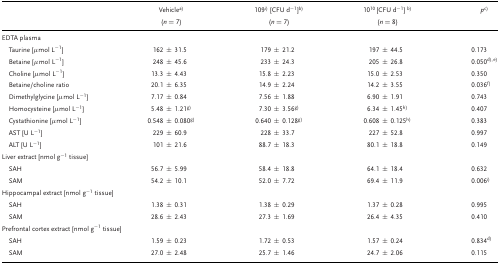
<table><thead><tr><td></td><td><b>Vehiclea</b></td><td><b>109i<sup> </sup>[CFU d<sup>−1</sup>]b</b></td><td><b>10<sup>10 </sup>[CFU d<sup>−1</sup>] b</b></td><td><b><i>p</i>c</b></td></tr><tr><td></td><td><b>(<i>n</i> = 7)</b></td><td><b>(<i>n</i> = 7)</b></td><td><b>(<i>n</i> = 8)</b></td><td></td></tr></thead><tbody><tr><td colspan="5">EDTA plasma</td></tr><tr><td>Taurine [μmol L<sup>−1</sup>]</td><td>162 ± 31.5</td><td>179 ± 21.2</td><td>197 ± 44.5</td><td>0.173</td></tr><tr><td>Betaine [μmol L<sup>−1</sup>]</td><td>248 ± 45.6</td><td>233 ± 24.3</td><td>205 ± 26.8</td><td>0.050d, e</td></tr><tr><td>Choline [μmol L<sup>−1</sup>]</td><td>13.3 ± 4.43</td><td>15.8 ± 2.23</td><td>15.0 ± 2.53</td><td>0.350</td></tr><tr><td>Betaine/choline ratio</td><td>20.1 ± 6.35</td><td>14.9 ± 2.24</td><td>14.2 ± 3.55</td><td>0.036f</td></tr><tr><td>Dimethylglycine [μmol L<sup>−1</sup>]</td><td>7.17 ± 0.84</td><td>7.56 ± 1.88</td><td>6.90 ± 1.91</td><td>0.743</td></tr><tr><td>Homocysteine [μmol L<sup>−1</sup>]</td><td>5.48 ± 1.21g</td><td>7.30 ± 3.56g</td><td>6.34 ± 1.45h</td><td>0.407</td></tr><tr><td>Cystathionine [μmol L<sup>−1</sup>]</td><td>0.548 ± 0.080g</td><td>0.640 ± 0.128g</td><td>0.608 ± 0.125h</td><td>0.383</td></tr><tr><td>AST [U L<sup>−1</sup>]</td><td>229 ± 60.9</td><td>228 ± 33.7</td><td>227 ± 52.8</td><td>0.997</td></tr><tr><td>ALT [U L<sup>−1</sup>]</td><td>101 ± 21.6</td><td>88.7 ± 18.3</td><td>80.1 ± 18.8</td><td>0.149</td></tr><tr><td colspan="5">Liver extract [nmol g<sup>−1</sup> tissue]</td></tr><tr><td>SAH</td><td>56.7 ± 5.99</td><td>58.4 ± 18.8</td><td>64.1 ± 18.4</td><td>0.632</td></tr><tr><td>SAM</td><td>54.2 ± 10.1</td><td>52.0 ± 7.72</td><td>69.4 ± 11.9</td><td>0.006i</td></tr><tr><td colspan="5">Hippocampal extract [nmol g<sup>−1</sup> tissue]</td></tr><tr><td>SAH</td><td>1.38 ± 0.31</td><td>1.38 ± 0.29</td><td>1.37 ± 0.28</td><td>0.995</td></tr><tr><td>SAM</td><td>28.6 ± 2.43</td><td>27.3 ± 1.69</td><td>26.4 ± 4.35</td><td>0.410</td></tr><tr><td colspan="5">Prefrontal cortex extract [nmol g<sup>−1</sup> tissue]</td></tr><tr><td>SAH</td><td>1.59 ± 0.23</td><td>1.72 ± 0.53</td><td>1.57 ± 0.24</td><td>0.834d</td></tr><tr><td>SAM</td><td>27.0 ± 2.48</td><td>25.7 ± 1.46</td><td>24.7 ± 2.06</td><td>0.115</td></tr></tbody></table>